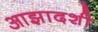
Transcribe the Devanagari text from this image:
आझादशी